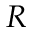
R